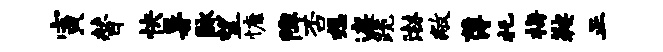
寅替快暑脉望慷陴否想遮跪淋敝薄托梅鞍正